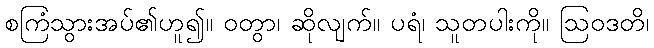
စကြံသွားအပ်၏ဟူ၍။ ဝတွာ၊ ဆိုလျက်။ ပရံ၊ သူတပါးကို။ ဩဝဒတိ၊